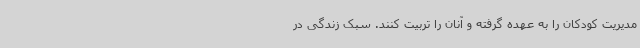
مدیریت کودکان را به عهده گرفته و آنان را تربیت کنند. سبک زندگی در